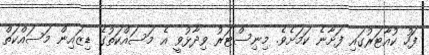
ފަހު ކުއާޓަރުގައި ފަށާނެ ކަމަށެވެ. މިނިސްޓަރު ވިދާޅުވީ އެ މަސައްކަތުގެ ޑިޒައިން މަސައްކަތް